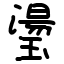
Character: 璗